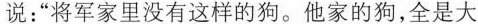
说：”将军家里没有这样的狗。他家的狗，全是大